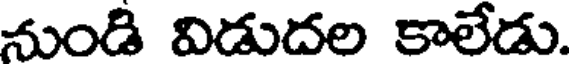
నుండి విడుదల కాలేడు.